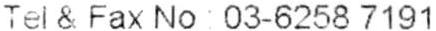
TEL & FAX NO : 03-6258 7191